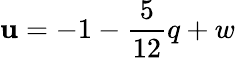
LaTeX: \mathbf{u}=-1-\frac{{5}}{{12}}q+w